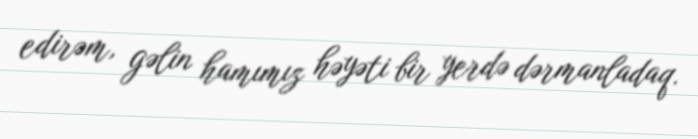
edirəm, gəlin hamımız həyəti bir yerdə dərmanladaq.